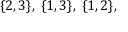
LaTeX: \{ 2 , 3 \} , \; \{ 1 , 3 \} , \; \{ 1 , 2 \} ,